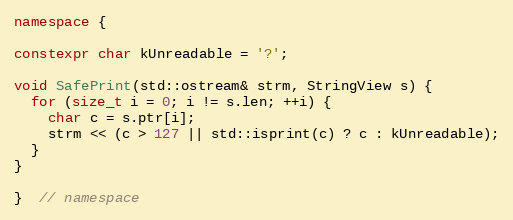
Language: C++
namespace {

constexpr char kUnreadable = '?';

void SafePrint(std::ostream& strm, StringView s) {
  for (size_t i = 0; i != s.len; ++i) {
    char c = s.ptr[i];
    strm << (c > 127 || std::isprint(c) ? c : kUnreadable);
  }
}

}  // namespace